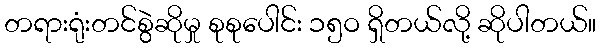
တရားရုံးတင်စွဲဆိုမှု စုစုပေါင်း ၁၅ဝ ရှိတယ်လို့ ဆိုပါတယ်။